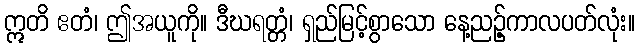
ဣတိ ဧတံ၊ ဤအယူကို။ ဒီဃရတ္တံ၊ ရှည်မြင့်စွာသော နေ့ညဉ့်ကာလပတ်လုံး။